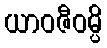
ယာဝဇီဝမ္ပိ